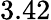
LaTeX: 3.42